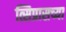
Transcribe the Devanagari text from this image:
त्सिप्रासच्या